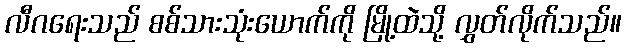
လီဂရေးသည် စစ်သားသုံးယောက်ကို မြို့ထဲသို့ လွှတ်လိုက်သည်။